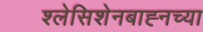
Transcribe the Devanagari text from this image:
श्लेसिशेनबाह्नच्या